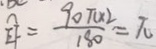
\widehat { E F } = \frac { 9 0 \pi \times 2 } { 1 8 0 } = \pi